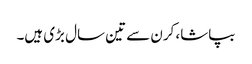
بپاشا، کرن سے تین سال بڑی ہیں۔